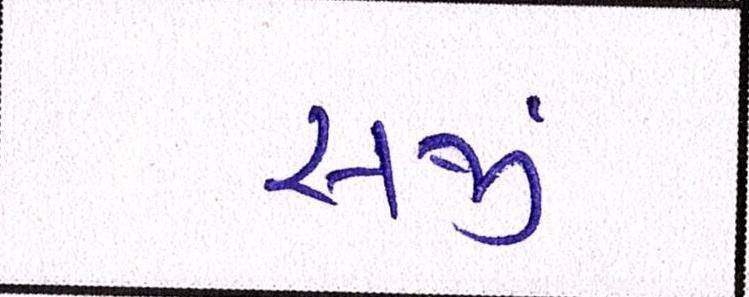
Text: સર્જી